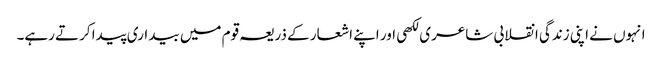
انہوں نے اپنی زندگی انقلابی شاعری لکھی اور اپنے اشعار کے ذریعہ قوم میں بیداری پیدا کرتے رہے۔